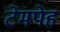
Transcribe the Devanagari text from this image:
टेमपेह